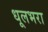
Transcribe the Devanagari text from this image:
धूलभरा